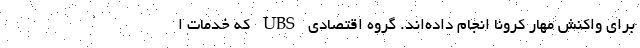
برای واکنش مهار کرونا انجام داده‌اند. گروه اقتصادی UBS که خدمات ا